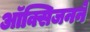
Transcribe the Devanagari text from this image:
ऑक्सिजनने